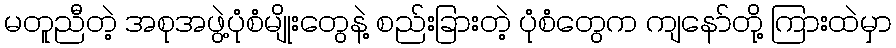
မတူညီတဲ့ အစုအဖွဲ့ပုံစံမျိုးတွေနဲ့ စည်းခြားတဲ့ ပုံစံတွေက ကျနော်တို့ ကြားထဲမှာ